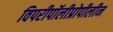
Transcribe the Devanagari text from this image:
विपरीपॉलीप्रोपीलीन